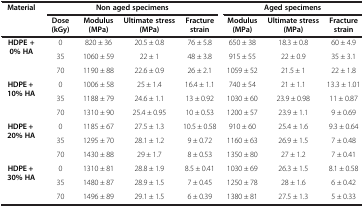
<table><thead><tr><td rowspan="2"><b>Material</b></td><td colspan="4"><b>Non aged specimens</b></td><td colspan="3"><b>Aged specimens</b></td></tr><tr><td><b>Dose (kGy)</b></td><td><b>Modulus (MPa)</b></td><td><b>Ultimate stress (MPa)</b></td><td><b>Fracture strain</b></td><td><b>Modulus (MPa)</b></td><td><b>Ultimate stress (MPa)</b></td><td><b>Fracture strain</b></td></tr></thead><tbody><tr><td rowspan="3"><b>HDPE +0</b><b>% </b><b>HA</b></td><td>0</td><td>820 ± 36</td><td>20.5 ± 0.8</td><td>76 ± 5.8</td><td>650 ± 38</td><td>18.3 ± 0.8</td><td>60 ± 4.9</td></tr><tr><td>35</td><td>1060 ± 59</td><td>22 ± 1</td><td>48 ± 3.8</td><td>915 ± 55</td><td>22 ± 0.9</td><td>35 ± 3.1</td></tr><tr><td>70</td><td>1190 ± 88</td><td>22.6 ± 0.9</td><td>26 ± 2.1</td><td>1059 ± 52</td><td>21.5 ± 1</td><td>22 ± 1.8</td></tr><tr><td rowspan="3"><b>HDPE + 10</b><b>% </b><b>HA</b></td><td>0</td><td>1006 ± 58</td><td>25 ± 1.4</td><td>16.4 ± 1.1</td><td>740 ± 54</td><td>21 ± 1.1</td><td>13.3 ± 1.01</td></tr><tr><td>35</td><td>1188 ± 79</td><td>24.6 ± 1.1</td><td>13 ± 0.92</td><td>1030 ± 60</td><td>23.9 ± 0.98</td><td>11 ± 0.87</td></tr><tr><td>70</td><td>1310 ± 90</td><td>25.4 ± 0.95</td><td>10 ± 0.53</td><td>1200 ± 57</td><td>23.9 ± 1.1</td><td>9 ± 0.69</td></tr><tr><td rowspan="3"><b>HDPE + 20</b><b>% </b><b>HA</b></td><td>0</td><td>1185 ± 67</td><td>27.5 ± 1.3</td><td>10.5 ± 0.58</td><td>910 ± 60</td><td>25.4 ± 1.6</td><td>9.3 ± 0.64</td></tr><tr><td>35</td><td>1295 ± 70</td><td>28.1 ± 1.2</td><td>9 ± 0.72</td><td>1160 ± 63</td><td>26.9 ± 1.5</td><td>7 ± 0.48</td></tr><tr><td>70</td><td>1430 ± 88</td><td>29 ± 1.7</td><td>8 ± 0.53</td><td>1350 ± 80</td><td>27 ± 1.2</td><td>7 ± 0.41</td></tr><tr><td rowspan="3"><b>HDPE + 30</b><b>% </b><b>HA</b></td><td>0</td><td>1310 ± 81</td><td>28.8 ± 1.9</td><td>8.5 ± 0.41</td><td>1030 ± 69</td><td>26.3 ± 1.5</td><td>8.1 ± 0.58</td></tr><tr><td>35</td><td>1480 ± 87</td><td>28.9 ± 1.5</td><td>7 ± 0.45</td><td>1250 ± 78</td><td>28 ± 1.6</td><td>6 ± 0.42</td></tr><tr><td>70</td><td>1496 ± 89</td><td>29.1 ± 1.5</td><td>6 ± 0.39</td><td>1380 ± 81</td><td>27.5 ± 1.3</td><td>5 ± 0.33</td></tr></tbody></table>